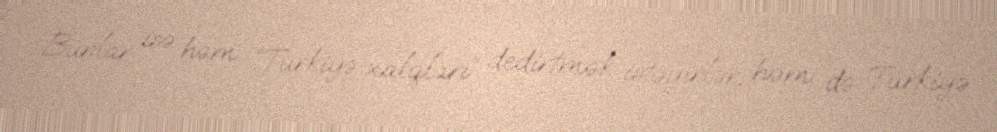
Bunlar isə həm “Türkiyə xalqları” dedirtmək istəyirlər, həm də Türkiyə